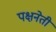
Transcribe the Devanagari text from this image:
पक्षनेती